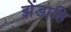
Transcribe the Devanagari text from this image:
झेंडाहि